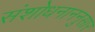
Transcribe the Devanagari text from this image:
संशोधनाननुसार